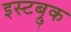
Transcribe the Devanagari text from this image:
इस्टब्रुक